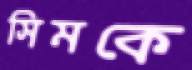
সিমকে